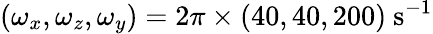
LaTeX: (\omega_{x},\omega_{z},\omega_{y})=2\pi\times(40,40,200)~\mathrm{{s^{-1}}}